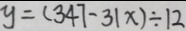
y = ( 3 4 7 - 3 1 x ) \div 1 2